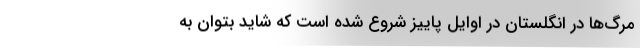
مرگ‌‌‌‌ها در انگلستان در اوایل پاییز شروع شده است که شاید بتوان به